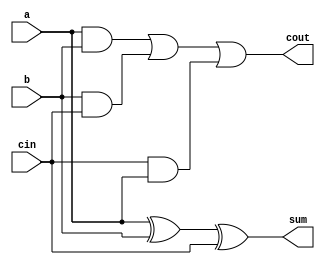
module fulladd(input a ,b ,cin,output sum , cout);
 	
	wire w0, w1, w2;
 	xor x1(sum, a, b, cin);
 	and a1(w0, a, b);
 	and a2(w1, b, cin);
 	and a3(w2, cin, a);
 	or o1(cout,w0, w1, w2);
endmodule